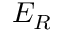
E _ { R }